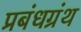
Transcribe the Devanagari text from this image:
प्रबंधग्रंथ